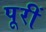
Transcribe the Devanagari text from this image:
पूरीं